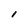
Character: I